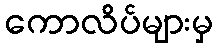
ကောလိပ်များမှ